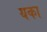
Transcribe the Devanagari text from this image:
यका